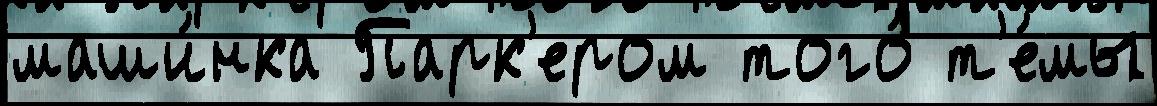
маши́нка Парк'ером того́ т'е́мы